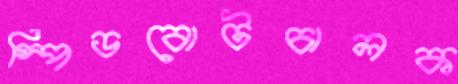
স্পিডবোটচালক